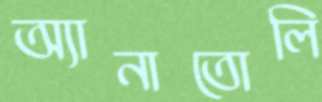
অ্যানাতোলি